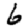
Digit: 6